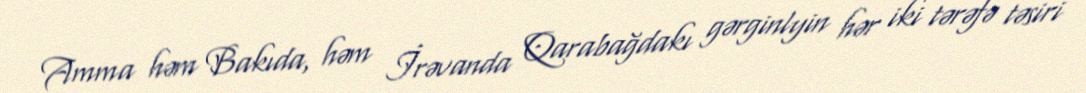
Amma həm Bakıda, həm İrəvanda Qarabağdakı gərginlyin hər iki tərəfə təsiri